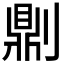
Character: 𠟭